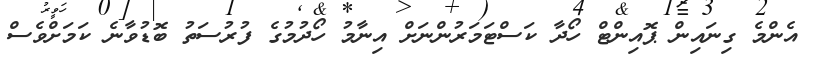
އެންމެ ގިނައިން ޕޮއިންޓް ހޯދާ ކަސްޓަމަރުންނަށް އިނާމު ހޯދުމުގެ ފުރުސަތު ބޮޑުވާނެ ކަމަށްވެސް